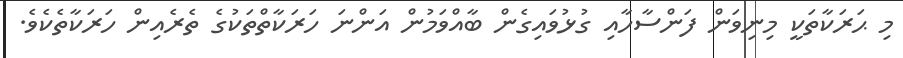
މި ޙަރަކާތަކީ މިނިވަން ފަންސާހާއި ގުޅުވައިގެން ބާއްވަމުން އަންނަ ހަރަކާތްތަކުގެ ތެރެއިން ހަރަކާތެކެވެ.